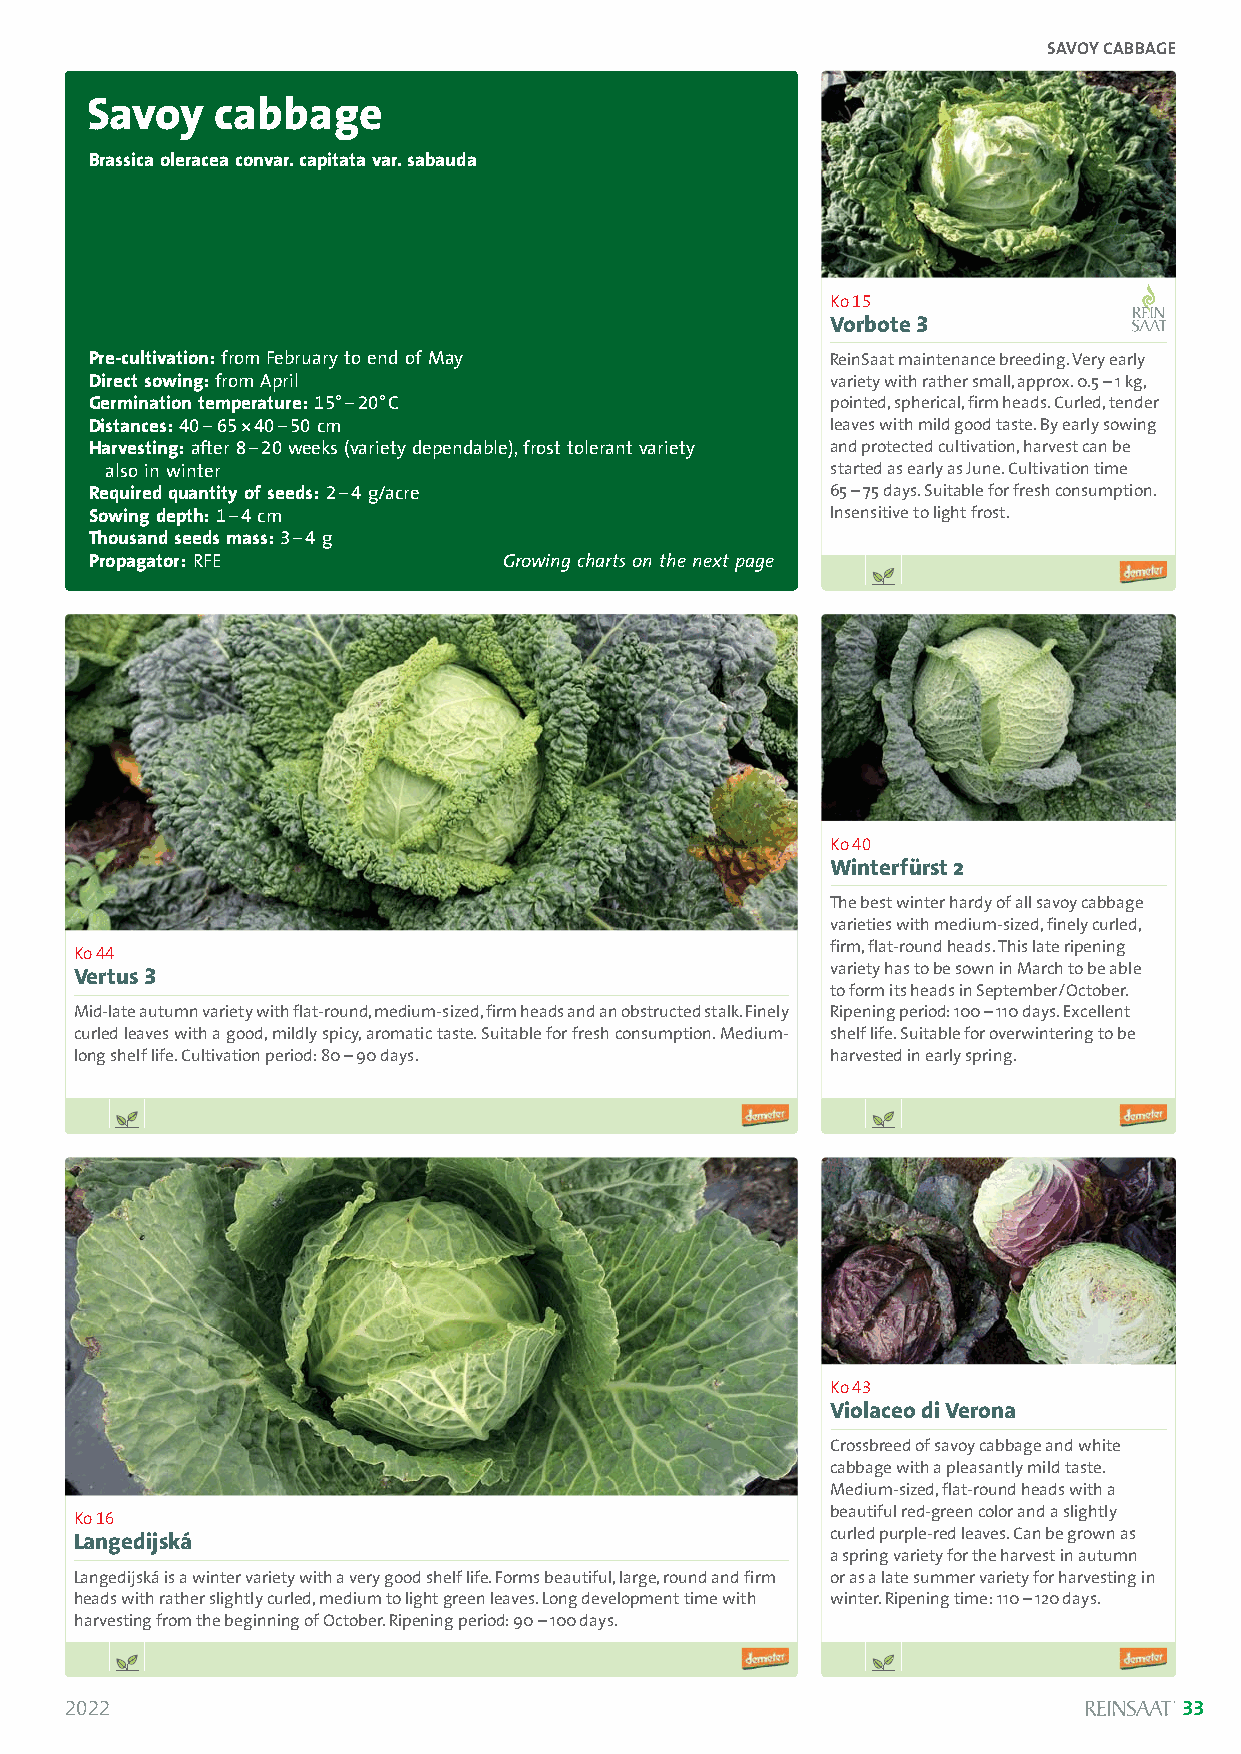
SAVOY CABBAGE
 Savoy   cabbage
 Brassica oleracea convar. capitata var. sabauda
 Ko 15
 Vorbote 3
 Pre-cultivation: from February to end of May     ReinSaat maintenance breeding. Very early
 Direct sowing: from April                        variety with rather small, approx. 0.5 –1 kg,
 Germination temperature:15°–20°C                 pointed, spherical, firm heads. Curled, tender
 Distances:40–65*40–50 cm                         leaves with mild good taste. By early sowing
 Harvesting:after 8–20weeks (variety dependable), frost tolerant variety and protected cultivation, harvest can be
 also in winter                                  started as early as June. Cultivation time
 Required quantity of seeds:2–4g/acre             65 –75 days. Suitable for fresh consumption.
 Sowing depth:1–4cm                               Insensitive to light frost.
 Thousand seeds mass:3–4 g
 Propagator:RFE             Growing charts on the next page
 Ko 40
 Winterfürst 2
 The best winter hardy of all savoy cabbage
 varieties with medium-sized, finely curled,
 Ko 44                                             firm, flat-round heads. This late ripening
 Vertus 3                                          variety has to be sown in March to be able
 to form its heads in September/October.
 Mid-late autumn variety with flat-round, medium-sized, firm heads and an obstructed stalk. Finely Ripening period: 100 –110 days. Excellent
 curled leaves with a good, mildly spicy, aromatic taste. Suitable for fresh consumption. Medium- shelf life. Suitable for overwintering to be
 long shelf life. Cultivation period: 80 –90 days. harvested in early spring.
 Ko 43
 Violaceo di Verona
 Crossbreed of savoy cabbage and white
 cabbage with a pleasantly mild taste.
 Medium-sized, flat-round heads with a
 Ko 16                                             beautiful red-green color and a slightly
 Langedijská                                       curled purple-red leaves. Can be grown as
 a spring variety for the harvest in autumn
 Langedijská is a winter variety with a very good shelf life. Forms beautiful, large, round and firm or as a late summer variety for harvesting in
 heads with rather slightly curled, medium to light green leaves. Long development time with winter. Ripening time: 110 –120 days.
 harvesting from the beginning of October. Ripening period: 90 –100 days.
 2022                                                                      33